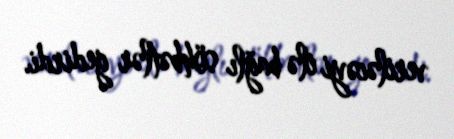
veriləcəyi ilə bağlı söhbətlər gedirdi.